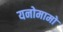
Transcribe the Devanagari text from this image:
यनोमामो